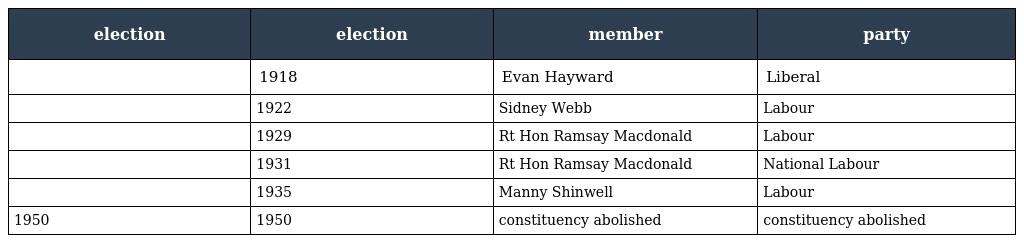
| election | election | member | party |
 | --- | --- | --- | --- |
 |  | 1918 | Evan Hayward | Liberal |
 |  | 1922 | Sidney Webb | Labour |
 |  | 1929 | Rt Hon Ramsay Macdonald | Labour |
 |  | 1931 | Rt Hon Ramsay Macdonald | National Labour |
 |  | 1935 | Manny Shinwell | Labour |
 | 1950 | 1950 | constituency abolished | constituency abolished |